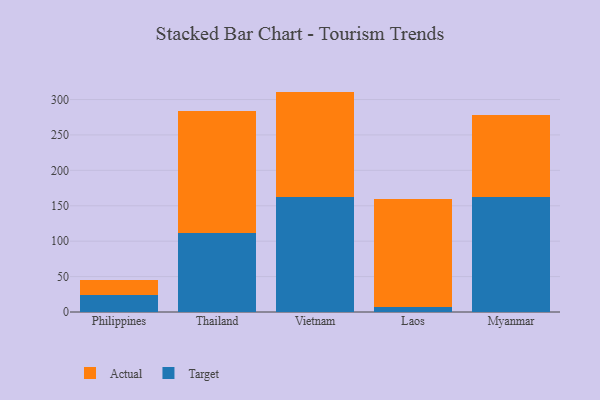
{"axis": {"x": "Country", "y": "Energy Usage (MWh)"}, "legend": ["Actual", "Target"], "data": [{"x": "Philippines", "y": 24.5, "type": "Target"}, {"x": "Philippines", "y": 21.2, "type": "Actual"}, {"x": "Thailand", "y": 111.6, "type": "Target"}, {"x": "Thailand", "y": 172.9, "type": "Actual"}, {"x": "Vietnam", "y": 161.9, "type": "Target"}, {"x": "Vietnam", "y": 149.3, "type": "Actual"}, {"x": "Laos", "y": 7.4, "type": "Target"}, {"x": "Laos", "y": 152.1, "type": "Actual"}, {"x": "Myanmar", "y": 162.6, "type": "Target"}, {"x": "Myanmar", "y": 115.5, "type": "Actual"}]}